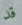
قد